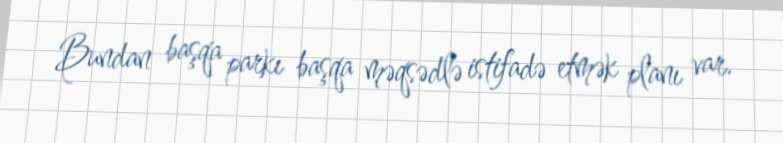
Bundan başqa parkı başqa məqsədlə istifadə etmək planı var.